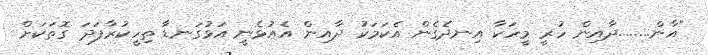
"އާން........ދާއިން ހުރީ މީހަކާ އިނދެގެން އެކަމަކު ދާއިން އެއުޅެނީ އަޅުގަނޑާ ތިހީކުރާފަދަ ގޮތަކަށް